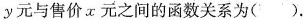
y元与售价x元之间的函数关系为()。